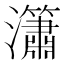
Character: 𤄙